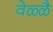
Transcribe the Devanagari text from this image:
वेळ्ळै